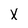
Character: X